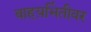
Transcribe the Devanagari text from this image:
बाहय़भिंतीवर